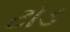
ટોડ